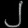
Digit: ၂